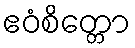
ဧဝံစိတ္တော